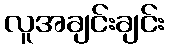
လူအချင်းချင်း